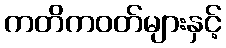
ကတိကဝတ်များနှင့်